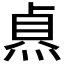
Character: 𭵐